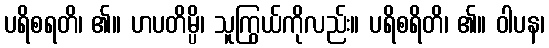
ပရိစရတိ၊ ၏။ ဟပတိမ္ပိ၊ သူကြွယ်ကိုလည်း။ ပရိစရိတိ၊ ၏။ ဝါပန၊